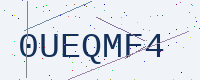
Text: 0UEQMF4